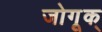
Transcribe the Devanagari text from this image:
जोगूक्